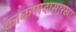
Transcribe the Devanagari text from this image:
काकपादासारखा